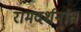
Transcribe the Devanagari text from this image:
रामदर्शनात